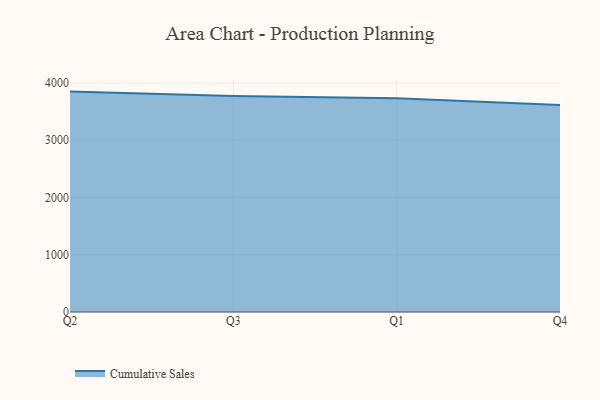
{"axis": {"x": "Quarter", "y": "Temperature (°C)"}, "legend": ["Cumulative Sales"], "data": [{"x": "Q2", "y": 3849.6, "type": "Cumulative Sales"}, {"x": "Q3", "y": 3772.0, "type": "Cumulative Sales"}, {"x": "Q1", "y": 3735.6, "type": "Cumulative Sales"}, {"x": "Q4", "y": 3613.9, "type": "Cumulative Sales"}]}